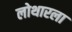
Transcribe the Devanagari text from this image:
लोथारला